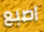
اصبع